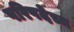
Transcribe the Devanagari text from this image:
परिषदेच्य